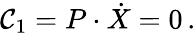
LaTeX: {\cal C}_{1}=P\cdot\dot{X}=0\, .